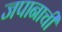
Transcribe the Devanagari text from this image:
जपानाची